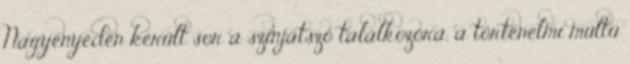
Nagyenyeden került sor a színjátszó találkozóra, a történelmi múltú